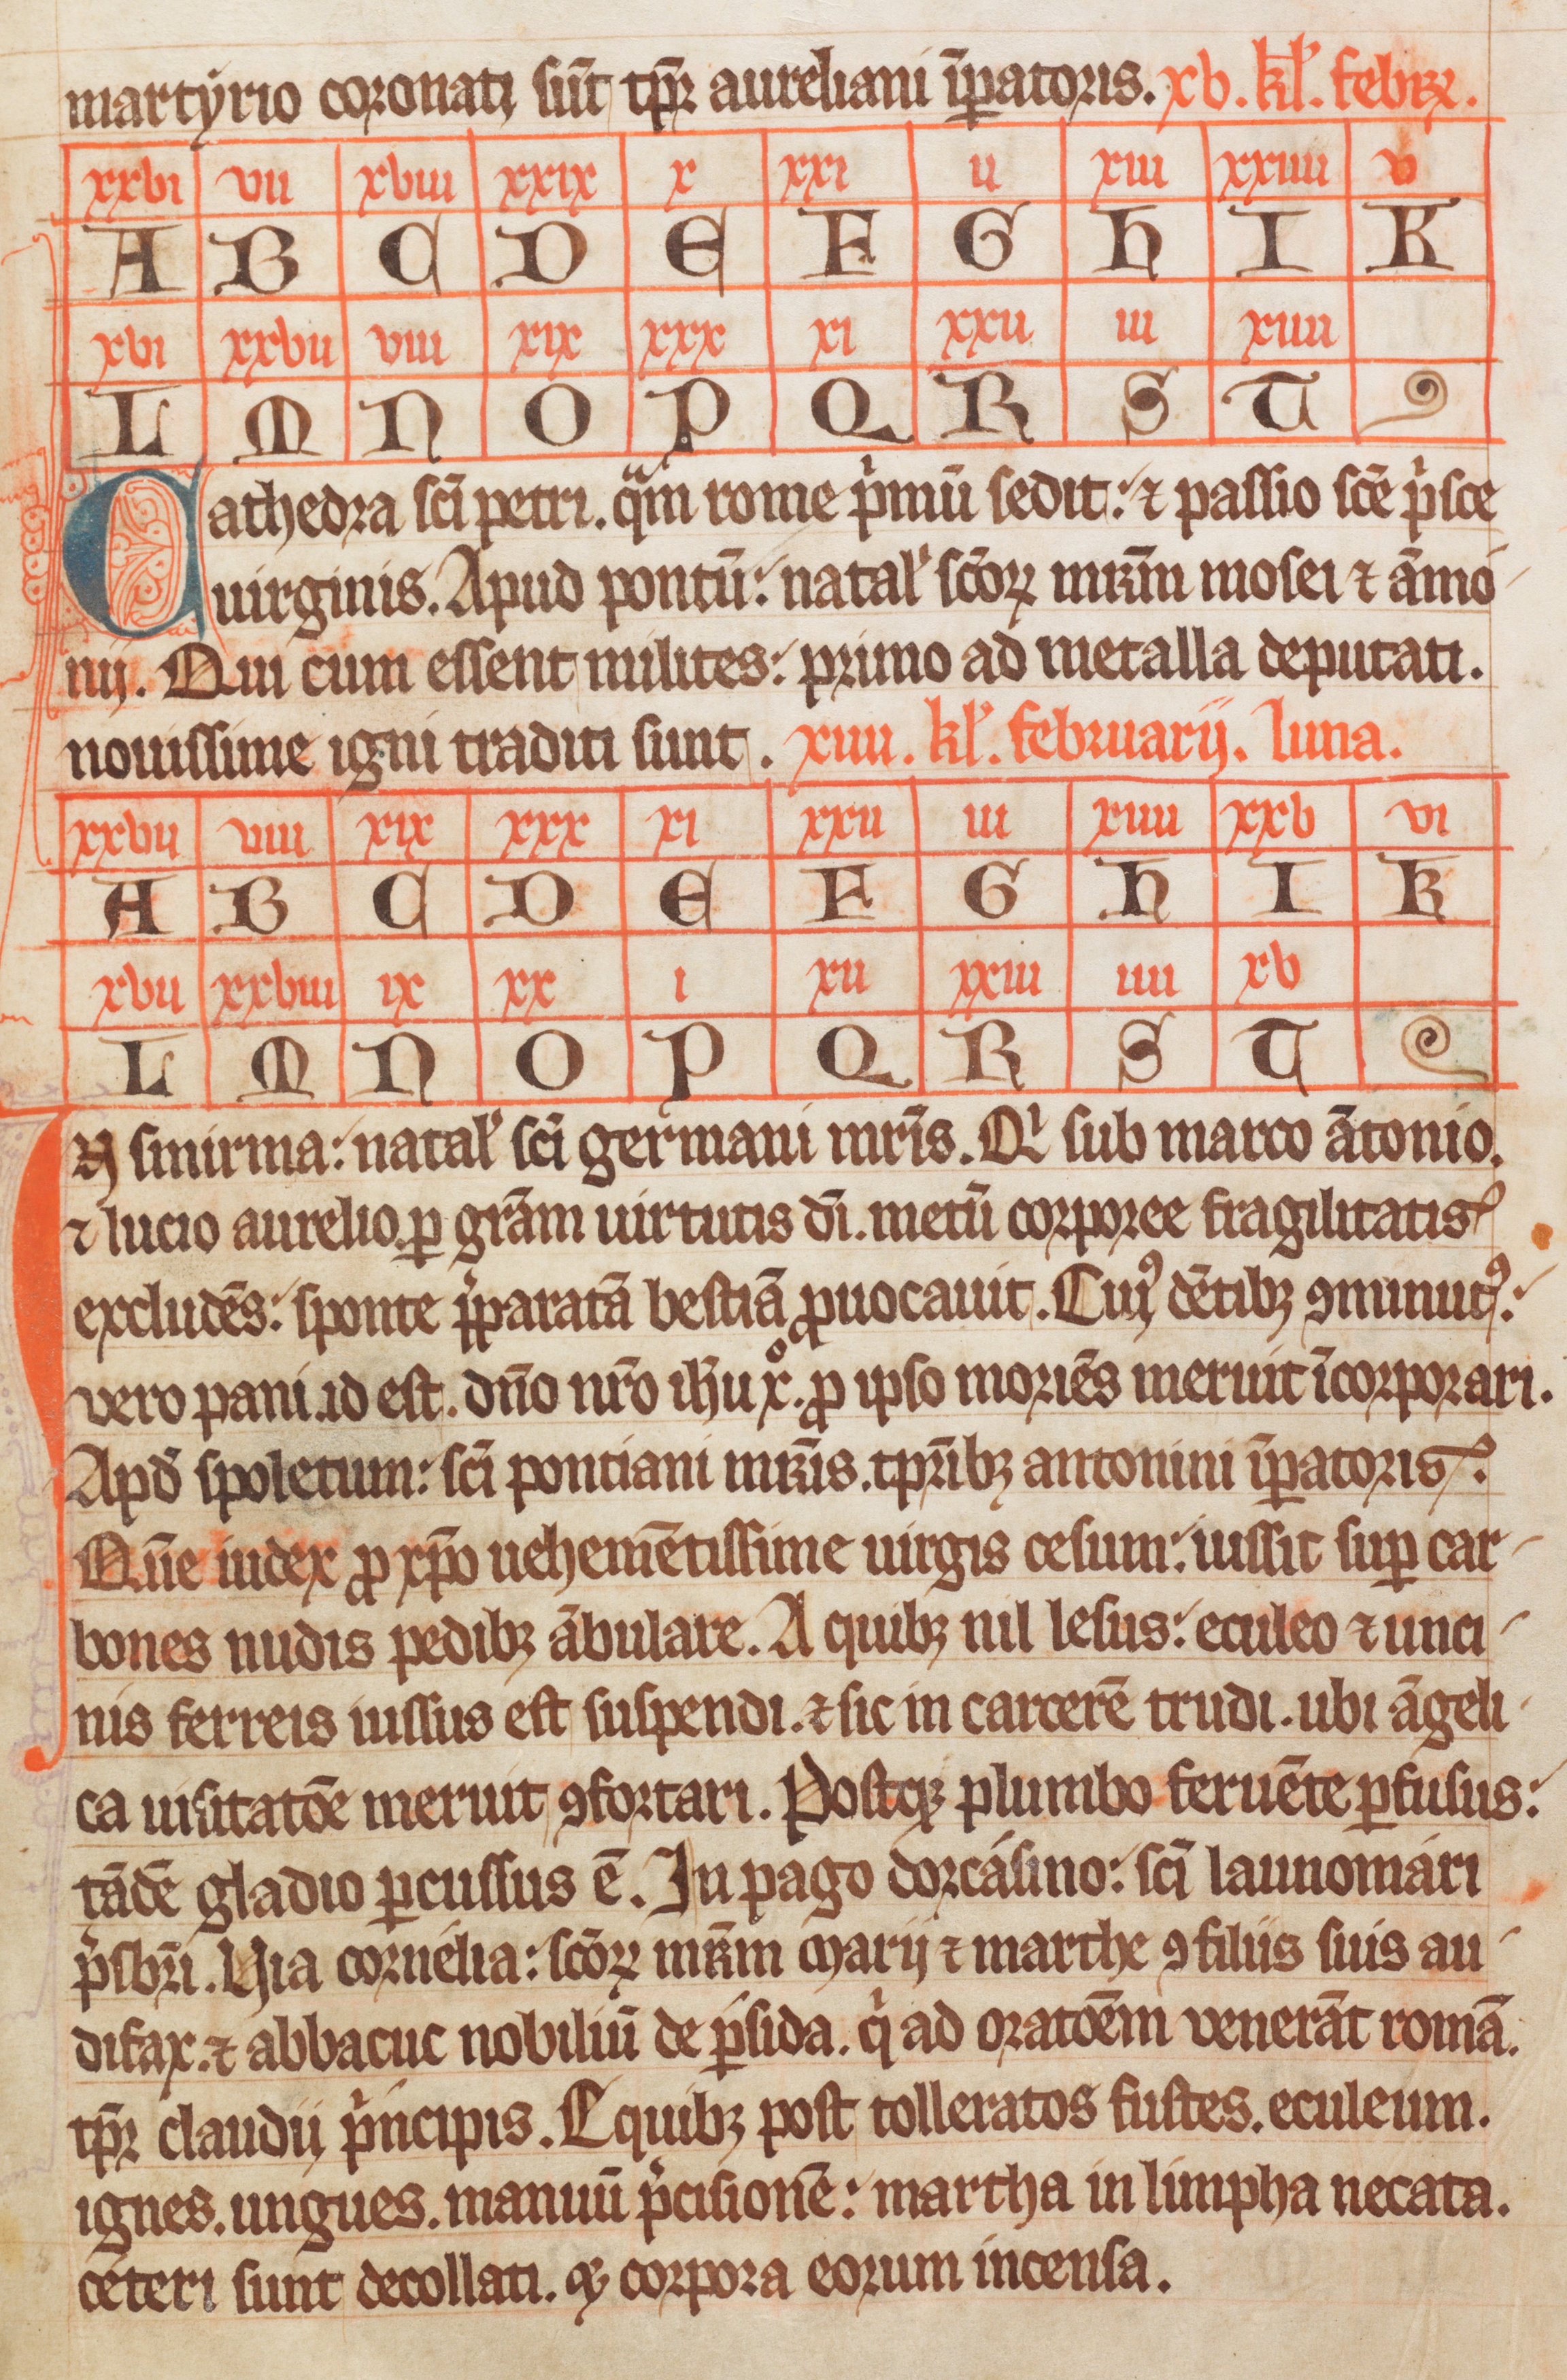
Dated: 1338–1338